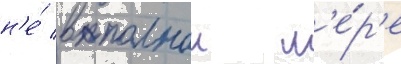
н'е́ в полнои м'е́р'е